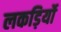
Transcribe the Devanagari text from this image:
लकड़िर्यो